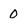
Character: 0